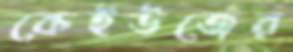
কেইউজের